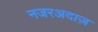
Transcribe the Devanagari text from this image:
नजरअदाज़